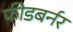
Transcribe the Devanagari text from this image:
फीडबर्नर